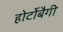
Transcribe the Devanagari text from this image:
होर्टोबैगी